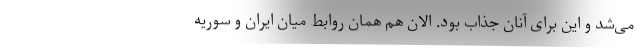
می‌شد و این برای آنان جذاب بود. الان هم همان روابط میان ایران و سوریه